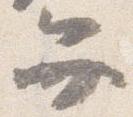
弁